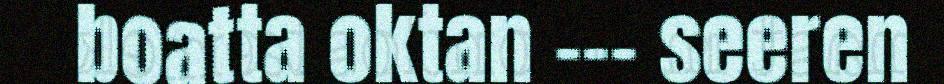
boatta oktan ––– seeren